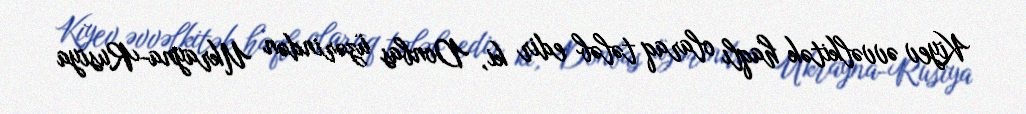
Kiyev əvvəlkitək haqlı olaraq tələb edir ki, Donbas üzərindən Ukrayna-Rusiya